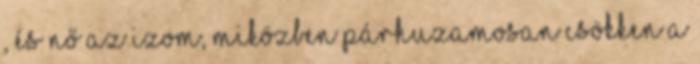
, és nő az izom, miközben párhuzamosan csökken a